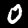
Digit: 0